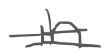
Text: in
Cross-out: double-line
Writing tool: digital_gray